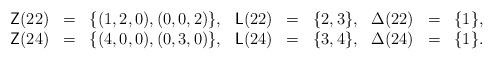
LaTeX: \begin{align*}\begin{array}{rclrclrcl}\mathsf Z(22) & = & \{(1,2,0),(0,0,2)\}, & \mathsf{L}(22) & = & \{2,3\}, & \Delta(22) & = & \{1\},\\\mathsf Z(24) & = & \{(4,0,0),(0,3,0)\}, & \mathsf{L}(24) & = & \{3,4\}, & \Delta(24) & = & \{1\}.\end{array}\end{align*}